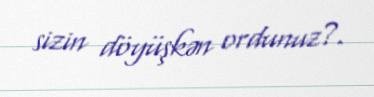
sizin döyüşkən ordunuz?.